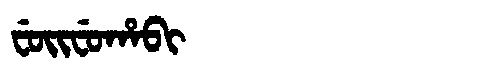
Manchu: ᠸᡠᡳᠸᡠᡥᠠᠪᡳ
Romanization: FUIFUHABI